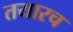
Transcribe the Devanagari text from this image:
तयारच